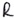
Text: R